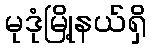
မုဒုံမြို့နယ်ရှိ